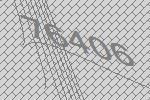
76406